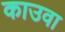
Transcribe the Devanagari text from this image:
काउवा